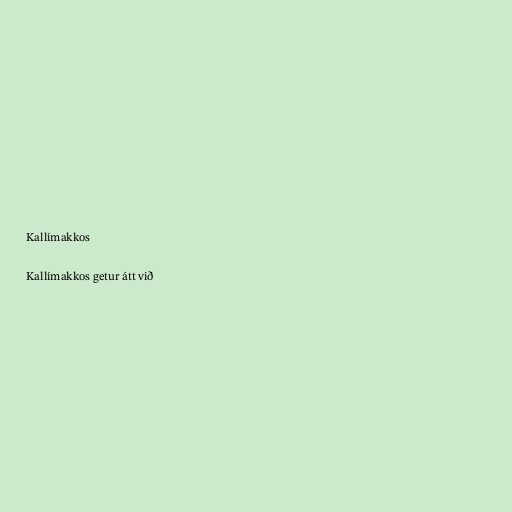
Kallímakkos

Kallímakkos getur átt við